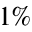
1 \%